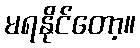
မရနိုင်တော့။